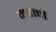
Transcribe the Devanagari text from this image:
महत्त्वों